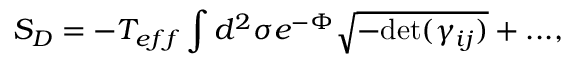
S _ { D } = - T _ { e f f } \int d ^ { 2 } \sigma e ^ { - \Phi } \sqrt { - \mathrm { d e t } ( \gamma _ { i j } ) } + . . . ,